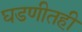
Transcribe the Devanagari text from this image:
घडणीतही